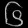
Digit: ၆